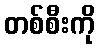
တစ်စီးကို